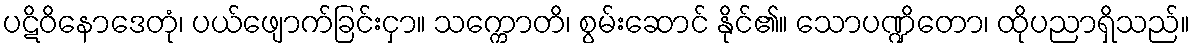
ပဋိဝိနောဒေတုံ၊ ပယ်ဖျောက်ခြင်းငှာ။ သက္ကောတိ၊ စွမ်းဆောင် နိုင်၏။ သောပဏ္ဍိတော၊ ထိုပညာရှိသည်။